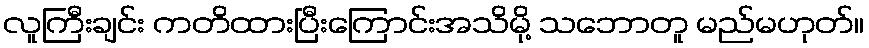
လူကြီးချင်း ကတိထားပြီးကြောင်းအသိမို့ သဘောတူ မည်မဟုတ်။